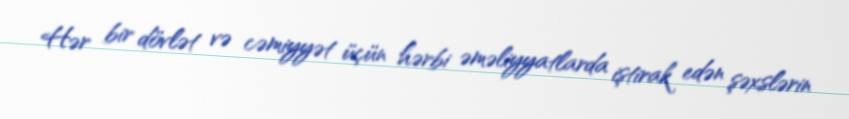
Hər bir dövlət və cəmiyyət üçün hərbi əməliyyatlarda iştirak edən şəxslərin